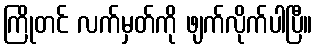
ကြိုတင် လက်မှတ်ကို ဖျက်လိုက်ပါပြီ။